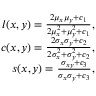
\begin{array} { r } { l ( x , y ) = \frac { 2 \mu _ { x } \mu _ { y } + c _ { 1 } } { 2 \mu _ { x } ^ { 2 } + \mu _ { y } ^ { 2 } + c _ { 1 } } , } \\ { c ( x , y ) = \frac { 2 \sigma _ { x } \sigma _ { y } + c _ { 2 } } { 2 \sigma _ { x } ^ { 2 } + \sigma _ { y } ^ { 2 } + c _ { 2 } } , } \\ { s ( x , y ) = \frac { \sigma _ { x y } + c _ { 3 } } { \sigma _ { x } \sigma _ { y } + c _ { 3 } } , } \end{array}